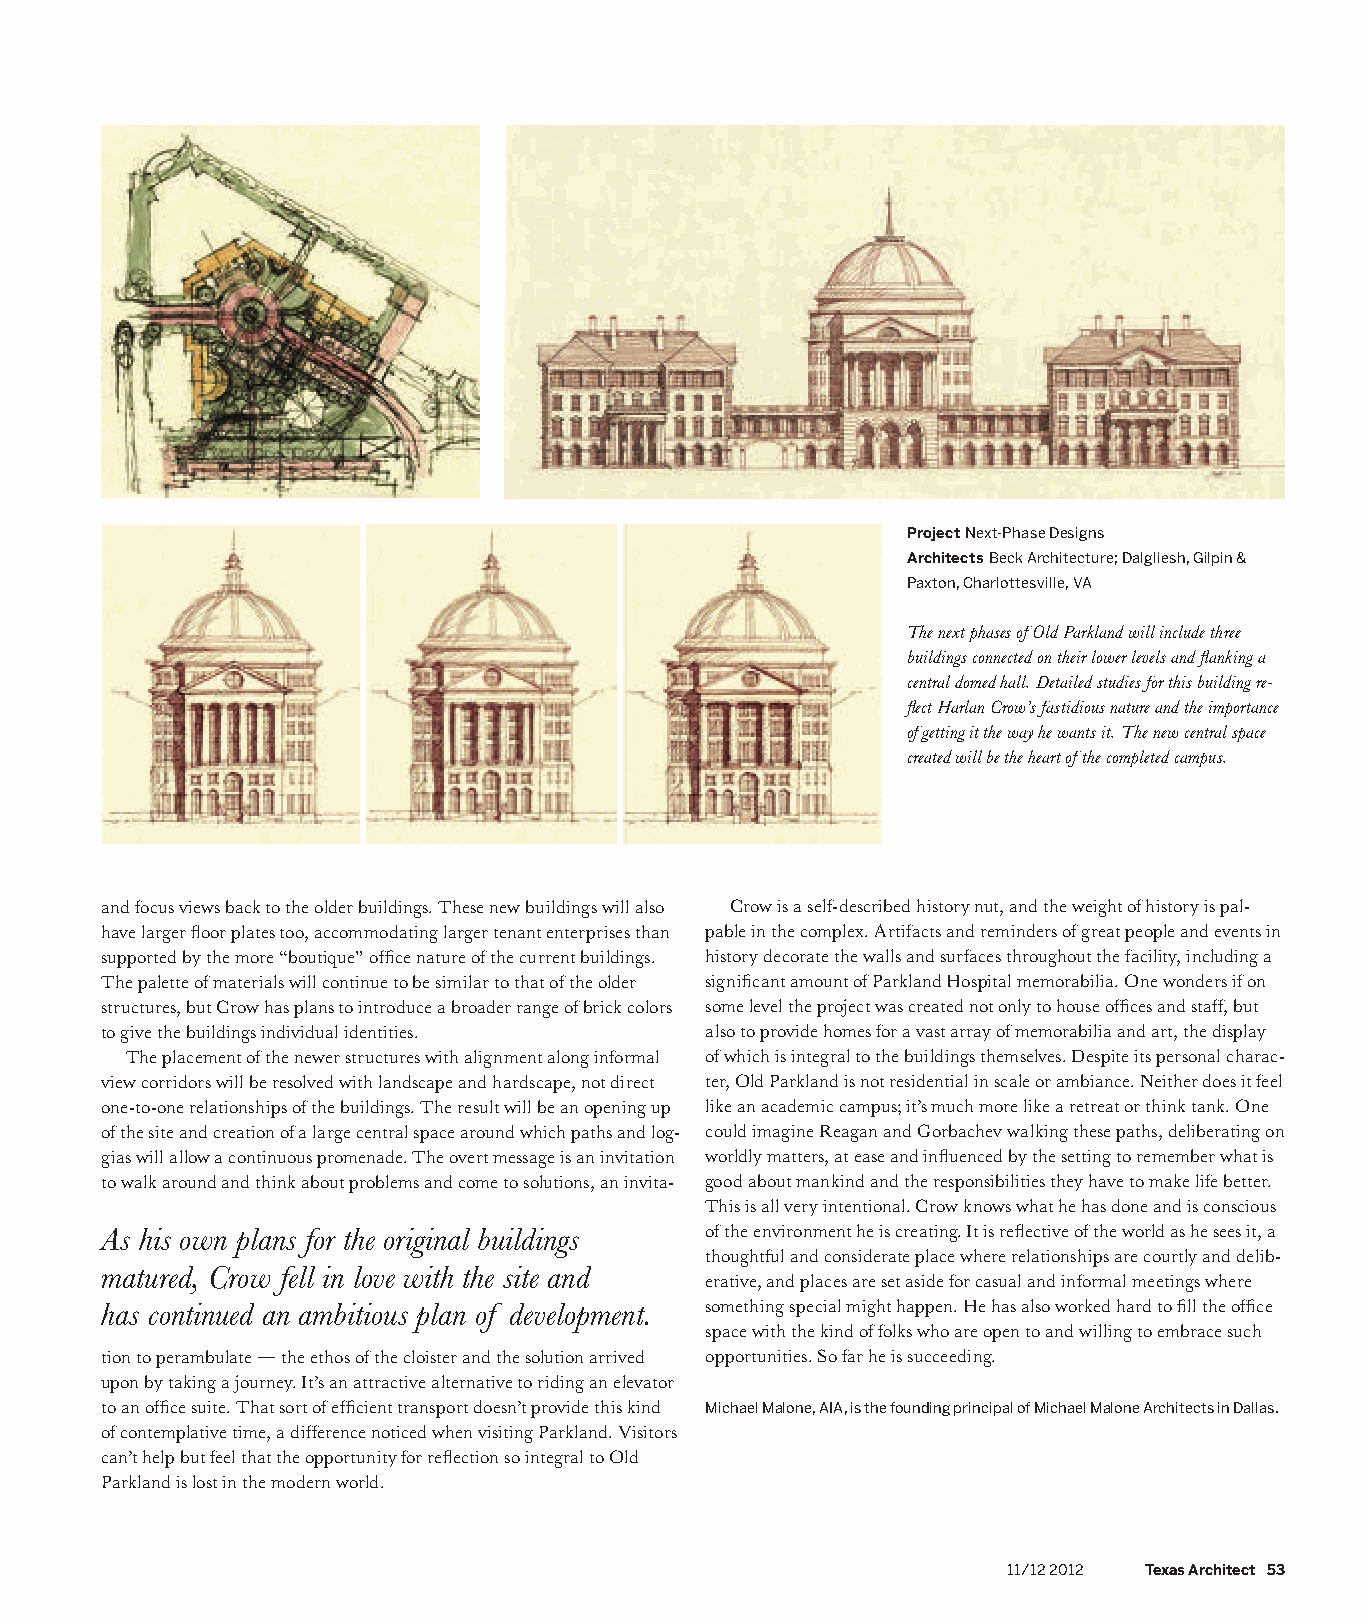
Project Next-Phase Designs
 Architects Beck Architecture; Dalgliesh, Gilpin &
 Paxton, Charlottesville, VA
 The next phases of Old Parkland will include three
 buildings connected on their lower levels and flanking a
 central domed hall. Detailed studies for this building re-
 flect Harlan Crow’s fastidious nature and the importance
 of getting it the way he wants it. The new central space
 created will be the heart of the completed campus.
 and focus views back to the older buildings. These new buildings will also Crow is a self-described history nut, and the weight of history is pal-
 have larger floor plates too, accommodating larger tenant enterprises than pable in the complex. Artifacts and reminders of great people and events in
 supported by the more “boutique” office nature of the current buildings. history decorate the walls and surfaces throughout the facility, including a
 The palette of materials will continue to be similar to that of the older significant amount of Parkland Hospital memorabilia. One wonders if on
 structures, but Crow has plans to introduce a broader range of brick colors some level the project was created not only to house offices and staff, but
 to give the buildings individual identities. also to provide homes for a vast array of memorabilia and art, the display
 The placement of the newer structures with alignment along informal of which is integral to the buildings themselves. Despite its personal charac-
 view corridors will be resolved with landscape and hardscape, not direct ter, Old Parkland is not residential in scale or ambiance. Neither does it feel
 one-to-one relationships of the buildings. The result will be an opening up like an academic campus; it’s much more like a retreat or think tank. One
 of the site and creation of a large central space around which paths and log- could imagine Reagan and Gorbachev walking these paths, deliberating on
 gias will allow a continuous promenade. The overt message is an invitation worldly matters, at ease and influenced by the setting to remember what is
 to walk around and think about problems and come to solutions, an invita- good about mankind and the responsibilities they have to make life better.
 This is all very intentional. Crow knows what he has done and is conscious
 As his own plans for the original buildings of the environment he is creating. It is reflective of the world as he sees it, a
 thoughtful and considerate place where relationships are courtly and delib-
 matured, Crow fell in love with the site and
 erative, and places are set aside for casual and informal meetings where
 has continued an ambitious plan of development. something special might happen. He has also worked hard to fill the office
 space with the kind of folks who are open to and willing to embrace such
 tion to perambulate — the ethos of the cloister and the solution arrived opportunities. So far he is succeeding.
 upon by taking a journey. It’s an attractive alternative to riding an elevator
 to an office suite. That sort of efficient transport doesn’t provide this kind Michael Malone, AIA, is the founding principal of Michael Malone Architects in Dallas.
 of contemplative time, a difference noticed when visiting Parkland. Visitors
 can’t help but feel that the opportunity for reflection so integral to Old
 Parkland is lost in the modern world.
 11/12 2012 Texas Architect 53